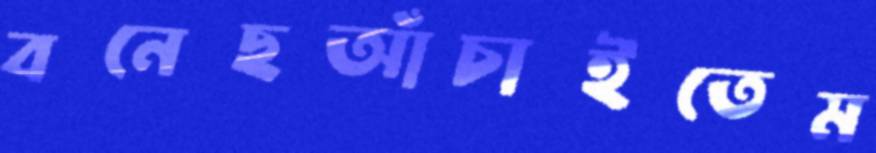
বনেছআঁচাইতেম